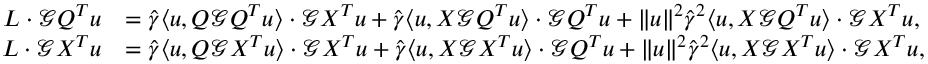
\begin{array} { r l } { L \cdot { \mathcal G } Q ^ { T } { \boldsymbol u } } & { = \widehat \gamma \langle { \boldsymbol u } , Q { \mathcal G } Q ^ { T } { \boldsymbol u } \rangle \cdot { \mathcal G } X ^ { T } { \boldsymbol u } + \widehat \gamma \langle { \boldsymbol u } , X { \mathcal G } Q ^ { T } { \boldsymbol u } \rangle \cdot { \mathcal G } Q ^ { T } { \boldsymbol u } + \| { \boldsymbol u } \| ^ { 2 } \widehat \gamma ^ { 2 } \langle { \boldsymbol u } , X { \mathcal G } Q ^ { T } { \boldsymbol u } \rangle \cdot { \mathcal G } X ^ { T } { \boldsymbol u } , } \\ { L \cdot { \mathcal G } X ^ { T } { \boldsymbol u } } & { = \widehat \gamma \langle { \boldsymbol u } , Q { \mathcal G } X ^ { T } { \boldsymbol u } \rangle \cdot { \mathcal G } X ^ { T } { \boldsymbol u } + \widehat \gamma \langle { \boldsymbol u } , X { \mathcal G } X ^ { T } { \boldsymbol u } \rangle \cdot { \mathcal G } Q ^ { T } { \boldsymbol u } + \| { \boldsymbol u } \| ^ { 2 } \widehat \gamma ^ { 2 } \langle { \boldsymbol u } , X { \mathcal G } X ^ { T } { \boldsymbol u } \rangle \cdot { \mathcal G } X ^ { T } { \boldsymbol u } , } \end{array}